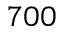
7 0 0